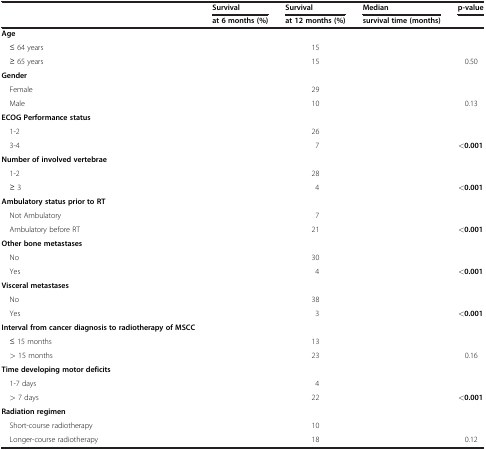
<table><thead><tr><td rowspan="2">[EMPTY_CELL]</td><td><b>Survival</b></td><td><b>Survival</b></td><td><b>Median</b></td><td><b>p-value</b></td></tr><tr><td><b>at 6 months (%)</b></td><td><b>at 12 months (%)</b></td><td><b>survival time (months)</b></td><td>[EMPTY_CELL]</td></tr></thead><tbody><tr><td><b>Age</b></td><td>[EMPTY_CELL]</td><td>[EMPTY_CELL]</td><td>[EMPTY_CELL]</td><td>[EMPTY_CELL]</td></tr><tr><td> ≤ 64 years</td><td>[EMPTY_CELL]</td><td>15</td><td>[EMPTY_CELL]</td><td>[EMPTY_CELL]</td></tr><tr><td> ≥ 65 years</td><td>[EMPTY_CELL]</td><td>15</td><td>[EMPTY_CELL]</td><td>0.50</td></tr><tr><td><b>Gender</b></td><td>[EMPTY_CELL]</td><td>[EMPTY_CELL]</td><td>[EMPTY_CELL]</td><td>[EMPTY_CELL]</td></tr><tr><td> Female</td><td>[EMPTY_CELL]</td><td>29</td><td>[EMPTY_CELL]</td><td>[EMPTY_CELL]</td></tr><tr><td> Male</td><td>[EMPTY_CELL]</td><td>10</td><td>[EMPTY_CELL]</td><td>0.13</td></tr><tr><td><b>ECOG Performance status</b></td><td>[EMPTY_CELL]</td><td>[EMPTY_CELL]</td><td>[EMPTY_CELL]</td><td>[EMPTY_CELL]</td></tr><tr><td> 1-2</td><td>[EMPTY_CELL]</td><td>26</td><td>[EMPTY_CELL]</td><td>[EMPTY_CELL]</td></tr><tr><td> 3-4</td><td>[EMPTY_CELL]</td><td>7</td><td>[EMPTY_CELL]</td><td><b>&lt;0.001</b></td></tr><tr><td><b>Number of involved vertebrae</b></td><td>[EMPTY_CELL]</td><td>[EMPTY_CELL]</td><td>[EMPTY_CELL]</td><td rowspan="2">[EMPTY_CELL]</td></tr><tr><td> 1-2</td><td>[EMPTY_CELL]</td><td>28</td><td>[EMPTY_CELL]</td></tr><tr><td> ≥ 3</td><td>[EMPTY_CELL]</td><td>4</td><td>[EMPTY_CELL]</td><td><b>&lt;0.001</b></td></tr><tr><td><b>Ambulatory status prior to RT</b></td><td>[EMPTY_CELL]</td><td>[EMPTY_CELL]</td><td>[EMPTY_CELL]</td><td>[EMPTY_CELL]</td></tr><tr><td> Not Ambulatory</td><td>[EMPTY_CELL]</td><td>7</td><td>[EMPTY_CELL]</td><td>[EMPTY_CELL]</td></tr><tr><td> Ambulatory before RT</td><td>[EMPTY_CELL]</td><td>21</td><td>[EMPTY_CELL]</td><td><b>&lt;0.001</b></td></tr><tr><td><b>Other bone metastases</b></td><td>[EMPTY_CELL]</td><td>[EMPTY_CELL]</td><td>[EMPTY_CELL]</td><td>[EMPTY_CELL]</td></tr><tr><td> No</td><td>[EMPTY_CELL]</td><td>30</td><td>[EMPTY_CELL]</td><td>[EMPTY_CELL]</td></tr><tr><td> Yes</td><td>[EMPTY_CELL]</td><td>4</td><td>[EMPTY_CELL]</td><td><b>&lt;0.001</b></td></tr><tr><td><b>Visceral metastases</b></td><td>[EMPTY_CELL]</td><td>[EMPTY_CELL]</td><td>[EMPTY_CELL]</td><td>[EMPTY_CELL]</td></tr><tr><td> No</td><td>[EMPTY_CELL]</td><td>38</td><td>[EMPTY_CELL]</td><td>[EMPTY_CELL]</td></tr><tr><td> Yes</td><td>[EMPTY_CELL]</td><td>3</td><td>[EMPTY_CELL]</td><td><b>&lt;0.001</b></td></tr><tr><td><b>Interval from cancer diagnosis to radiotherapy of MSCC</b></td><td>[EMPTY_CELL]</td><td>[EMPTY_CELL]</td><td>[EMPTY_CELL]</td><td>[EMPTY_CELL]</td></tr><tr><td> ≤ 15 months</td><td>[EMPTY_CELL]</td><td>13</td><td>[EMPTY_CELL]</td><td>[EMPTY_CELL]</td></tr><tr><td> &gt; 15 months</td><td>[EMPTY_CELL]</td><td>23</td><td>[EMPTY_CELL]</td><td>0.16</td></tr><tr><td><b>Time developing motor deficits</b></td><td>[EMPTY_CELL]</td><td>[EMPTY_CELL]</td><td>[EMPTY_CELL]</td><td>[EMPTY_CELL]</td></tr><tr><td> 1-7 days</td><td>[EMPTY_CELL]</td><td>4</td><td>[EMPTY_CELL]</td><td>[EMPTY_CELL]</td></tr><tr><td> &gt; 7 days</td><td>[EMPTY_CELL]</td><td>22</td><td>[EMPTY_CELL]</td><td><b>&lt;0.001</b></td></tr><tr><td><b>Radiation regimen</b></td><td>[EMPTY_CELL]</td><td>[EMPTY_CELL]</td><td>[EMPTY_CELL]</td><td>[EMPTY_CELL]</td></tr><tr><td> Short-course radiotherapy</td><td>[EMPTY_CELL]</td><td>10</td><td>[EMPTY_CELL]</td><td>[EMPTY_CELL]</td></tr><tr><td> Longer-course radiotherapy</td><td>[EMPTY_CELL]</td><td>18</td><td>[EMPTY_CELL]</td><td>0.12</td></tr></tbody></table>